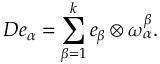
D e _ { \alpha } = \sum _ { \beta = 1 } ^ { k } e _ { \beta } \otimes \omega _ { \alpha } ^ { \beta } .